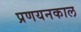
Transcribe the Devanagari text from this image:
प्रणयनकाल